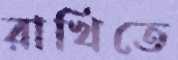
রাখিতে